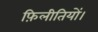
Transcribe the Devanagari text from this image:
फ़िलीतियों।